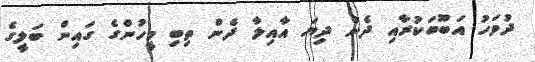
ދުވަހު އަބޫބަކުރާއި ދެން ދިޔަ އާއިލާ ދެން ތިބި މީހުންގެ ގައިން ބަލީގެ